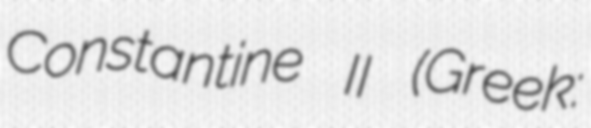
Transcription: Constantine II (Greek: